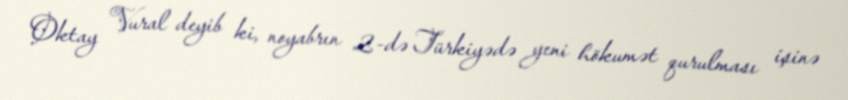
Oktay Vural deyib ki, noyabrın 2-də Türkiyədə yeni hökumət qurulması işinə